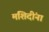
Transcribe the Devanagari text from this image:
मशिदींना